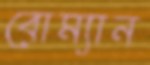
বোম্যান